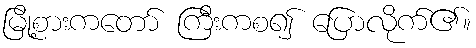
မြို့စားကတော် ကြီးကစ၍ ပြောလိုက်၏။